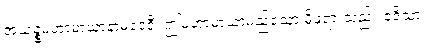
အယဉ္စမဟာမာယာနာမဒေဝီ၊ ဤမဟာမာယာမည်သော မိဖုရားသည်။ ဧဒိသာ၊